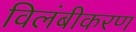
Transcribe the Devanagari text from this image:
विलंबीकरण